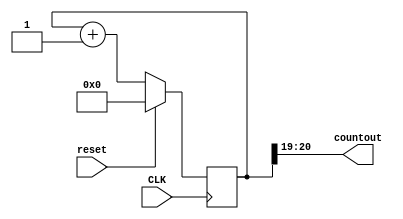
module SlowClock(
    
    input CLK,
    input reset,
    output [1:0]countout
);
reg [20:0] refresh_counter; 
// the first 19-bit for creating 190Hz refresh rate
// the other 2-bit for creating 4 LED-activating signals
// count        0    ->  1  ->  2  ->  3
// activates    LED1    LED2   LED3   LED4
// and repeat
always @(posedge CLK)
begin 
 if(reset==1)
  refresh_counter <= 0;
 else
  refresh_counter <= refresh_counter + 1;

end 

assign countout = refresh_counter[20:19];

endmodule